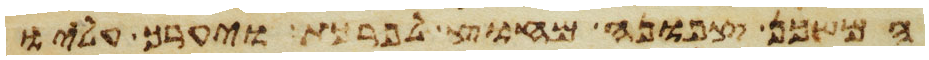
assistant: המשכן צפונה מחוץ לפרכת ויערך עליו